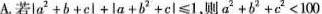
A.若$$\left | a ^ { 2 } + b + c \right | + \left | a + b ^ { 2 } + c \right | ≤ 1$$,则$$a ^ { 2 } + b ^ { 2} + c ^ { 2 }< 1 0 0$$